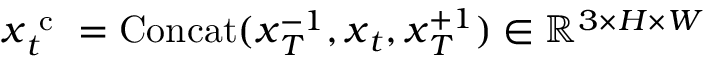
\boldsymbol { x } _ { t } ^ { \mathrm { ~ c ~ } } = \operatorname { C o n c a t } ( \boldsymbol { x } _ { T } ^ { - 1 } , \boldsymbol { x } _ { t } , \boldsymbol { x } _ { T } ^ { + 1 } ) \in \mathbb { R } ^ { 3 \times H \times W }